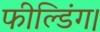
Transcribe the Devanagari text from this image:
फील्डिंग।